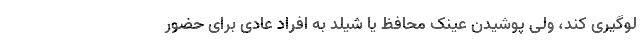
لوگیری کند، ولی پوشیدن عینک محافظ یا شیلد به افراد عادی برای حضور